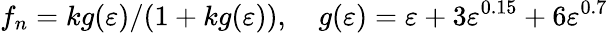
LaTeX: f_{n}=kg(\varepsilon)/(1+kg(\varepsilon)),\quad g(\varepsilon)=\varepsilon+3\varepsilon^{0.15}+6\varepsilon^{0.7}